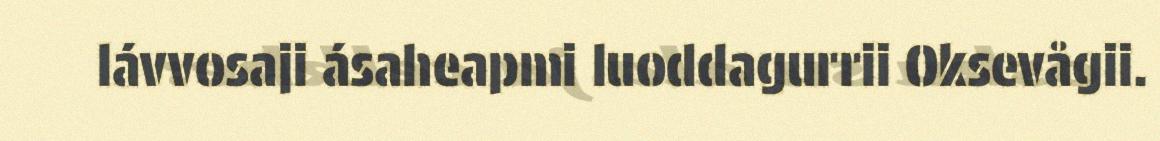
lávvosaji ásaheapmi luoddagurrii Oksevågii.